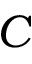
C